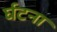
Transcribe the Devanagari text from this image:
र्घटना